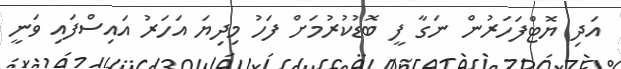
އަދި ޔޮޓްފަހަރުން ނަގާ ފީ ބޮޑުކުރުމަށް ފަހު މިދިޔަ އަހަރު އައިސްފައި ވަނީ